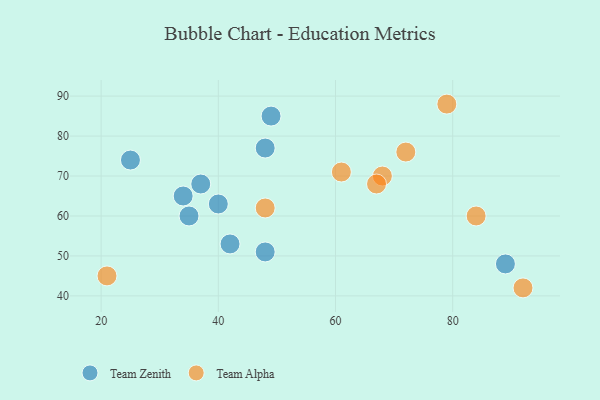
{"axis": {"x": "GDP", "y": "Life Expectancy"}, "legend": ["Team Alpha", "Team Zenith"], "data": [{"x": "25", "y": 74, "type": "Team Zenith"}, {"x": "49", "y": 85, "type": "Team Zenith"}, {"x": "42", "y": 53, "type": "Team Zenith"}, {"x": "48", "y": 77, "type": "Team Zenith"}, {"x": "89", "y": 48, "type": "Team Zenith"}, {"x": "34", "y": 65, "type": "Team Zenith"}, {"x": "48", "y": 51, "type": "Team Zenith"}, {"x": "35", "y": 60, "type": "Team Zenith"}, {"x": "37", "y": 68, "type": "Team Zenith"}, {"x": "40", "y": 63, "type": "Team Zenith"}, {"x": "48", "y": 62, "type": "Team Alpha"}, {"x": "79", "y": 88, "type": "Team Alpha"}, {"x": "84", "y": 60, "type": "Team Alpha"}, {"x": "72", "y": 76, "type": "Team Alpha"}, {"x": "68", "y": 70, "type": "Team Alpha"}, {"x": "67", "y": 68, "type": "Team Alpha"}, {"x": "92", "y": 42, "type": "Team Alpha"}, {"x": "21", "y": 45, "type": "Team Alpha"}, {"x": "61", "y": 71, "type": "Team Alpha"}]}